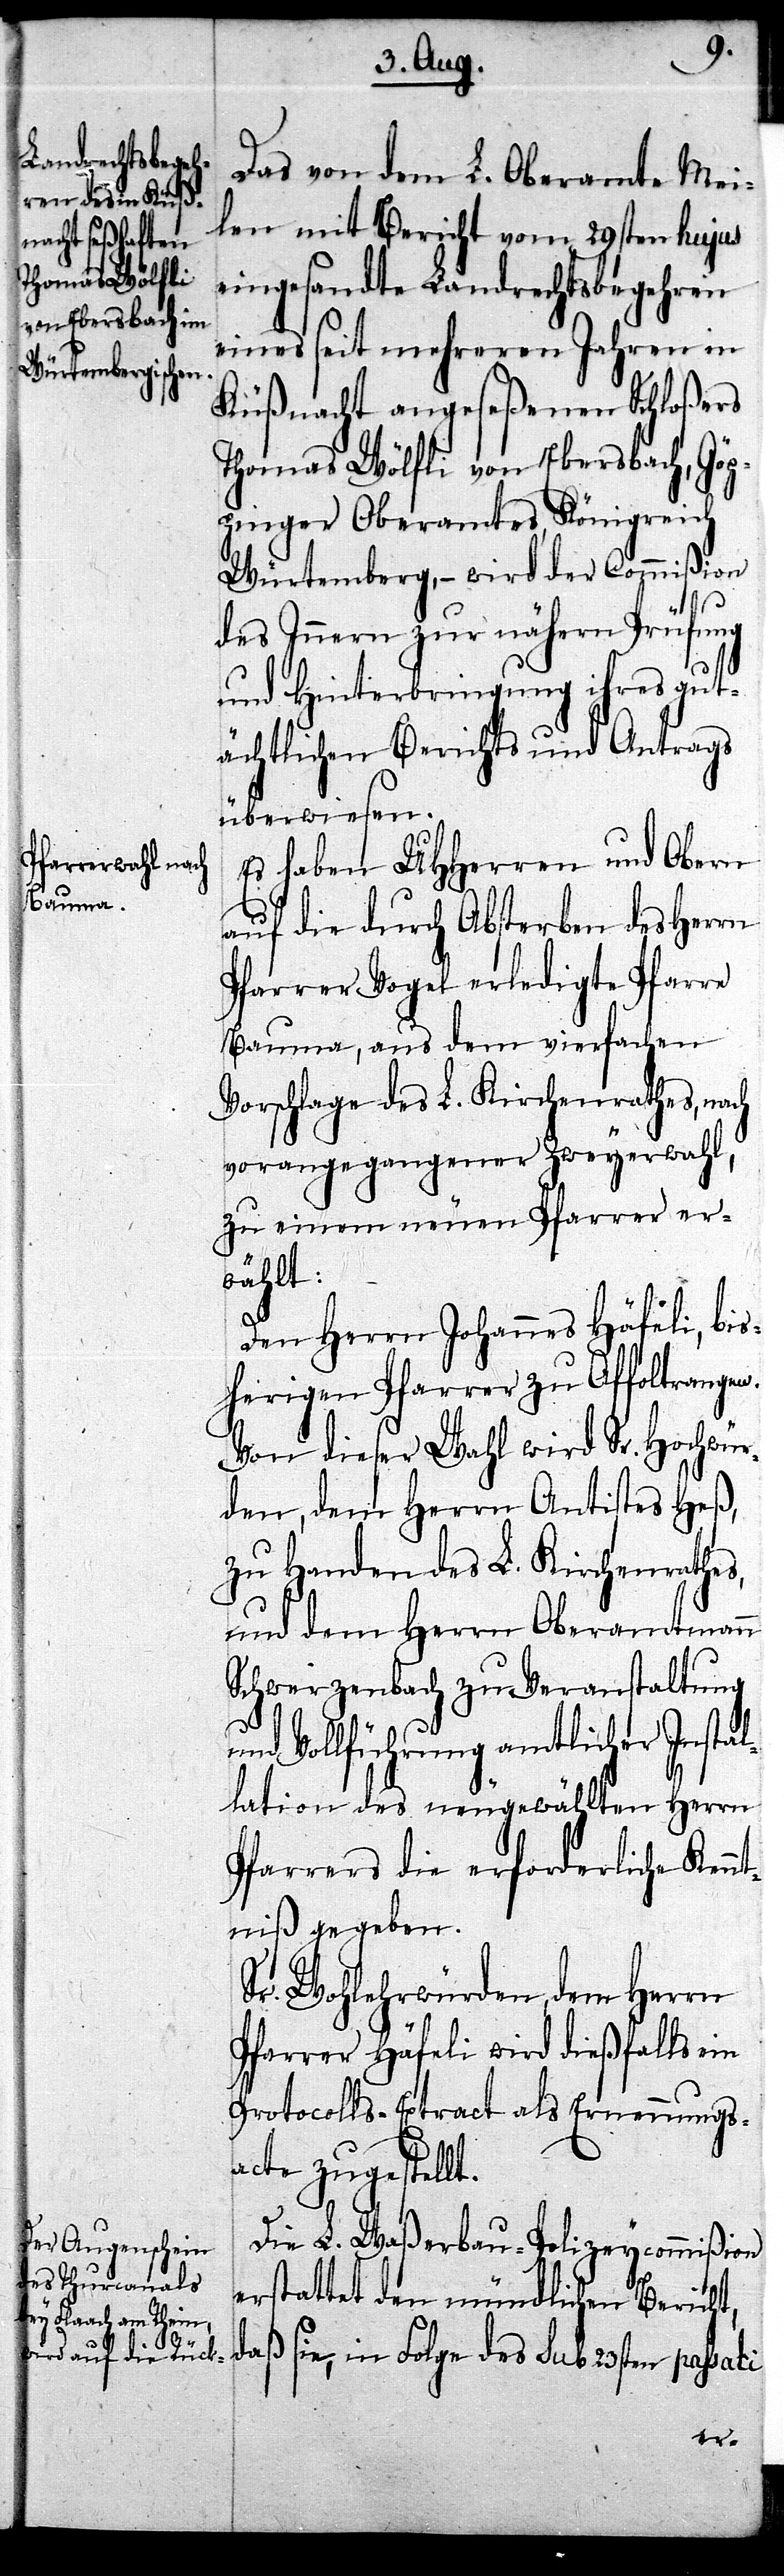
Das von dem L. Oberamte Mei¬
len mit Bericht vom 29sten hujus
eingesandte Landrechtsbegehren
eines seit mehreren Jahren in
Küßnacht angeseßenen Schloßers
Thomas Wölfli von Ebersbach, Göp¬
pinger Oberamtes, Königreich
Würtemberg, – wird der Commißion
des
des Innern zur nähern Prüfung
und Hinterbringung ihres gut¬
ächtlichen Berichts und Antrags
überwiesen.
Es haben UHHerren und Obern
auf die durch Absterben des Herrn
Pfarrer Vogel erledigte Pfarre
Bauma, aus dem vierfachen
Vorschlage des L. Kirchenrathes, nach
vorangegangener Zweyerwahl,
zu einem neuen Pfarrer er¬
wählt:
Den Herrn Johannes Häfeli, bis¬
herigen Pfarrer zu Affoltrangen.
Von dieser Wahl wird Sr. Hochwür¬
den, dem Herrn Antistes Heß,
zu Handen des L. Kirchenrathes,
und dem Herrn Oberamtmann
Schwerzenbach zu Veranstaltung
und Vollführung amtlicher Instal¬
lation des neugewählten Herrn
Pfarrers die erforderliche Kenn¬
tniß gegeben.
Sr. Wohlehrwürden, dem Herrn
Pfarrer Häfeli wird dießfalls ein
Protocolls-Extract als Ernennungs¬
acte zugestellt.
Die L. Waßerbau-Polizeycommißion
erstattet den mündlichen Bericht,